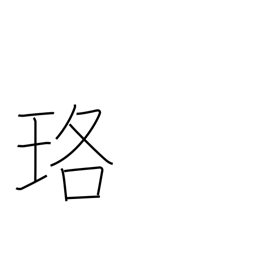
Meaning: necklace